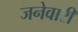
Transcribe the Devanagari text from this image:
जनेवारी